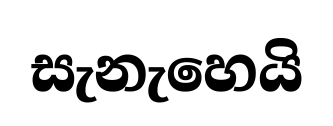
සැනැහෙයි